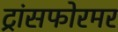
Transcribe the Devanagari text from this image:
ट्रांसफोरमर